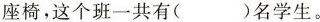
座椅，这个班一共有( )名学生。